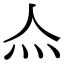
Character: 𤆋